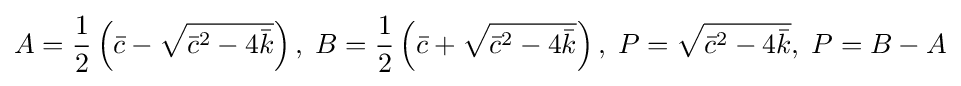
A={\frac {1}{2}}\left({\bar {c}}-{\sqrt {{\bar {c}}^{2}-4{\bar {k}}}}\right),\;B={\frac {1}{2}}\left({\bar {c}}+{\sqrt {{\bar {c}}^{2}-4{\bar {k}}}}\right),\;P={\sqrt {{\bar {c}}^{2}-4{\bar {k}}}},\;P=B-A